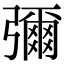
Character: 彌